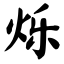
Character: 烁